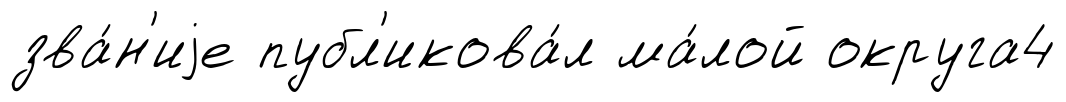
зва́н'иjе публ'икова́л ма́лой округа4